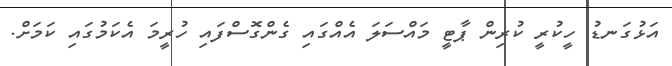
އަޅުގަނޑު ހީކުރީ ކުރިން ޕާޓީ މައްސަލަ އެއްގައި ގެންގޮސްފައި ހުރީމަ އެކަމުގައި ކަމަށް.